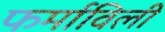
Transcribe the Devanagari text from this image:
फर्माविली